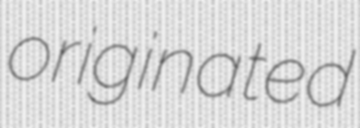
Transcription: originated